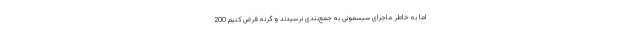
اما به خاطر ماجرای سیسمونی به جمع‌بندی نرسیدند و گرنه فرض کنیم 200